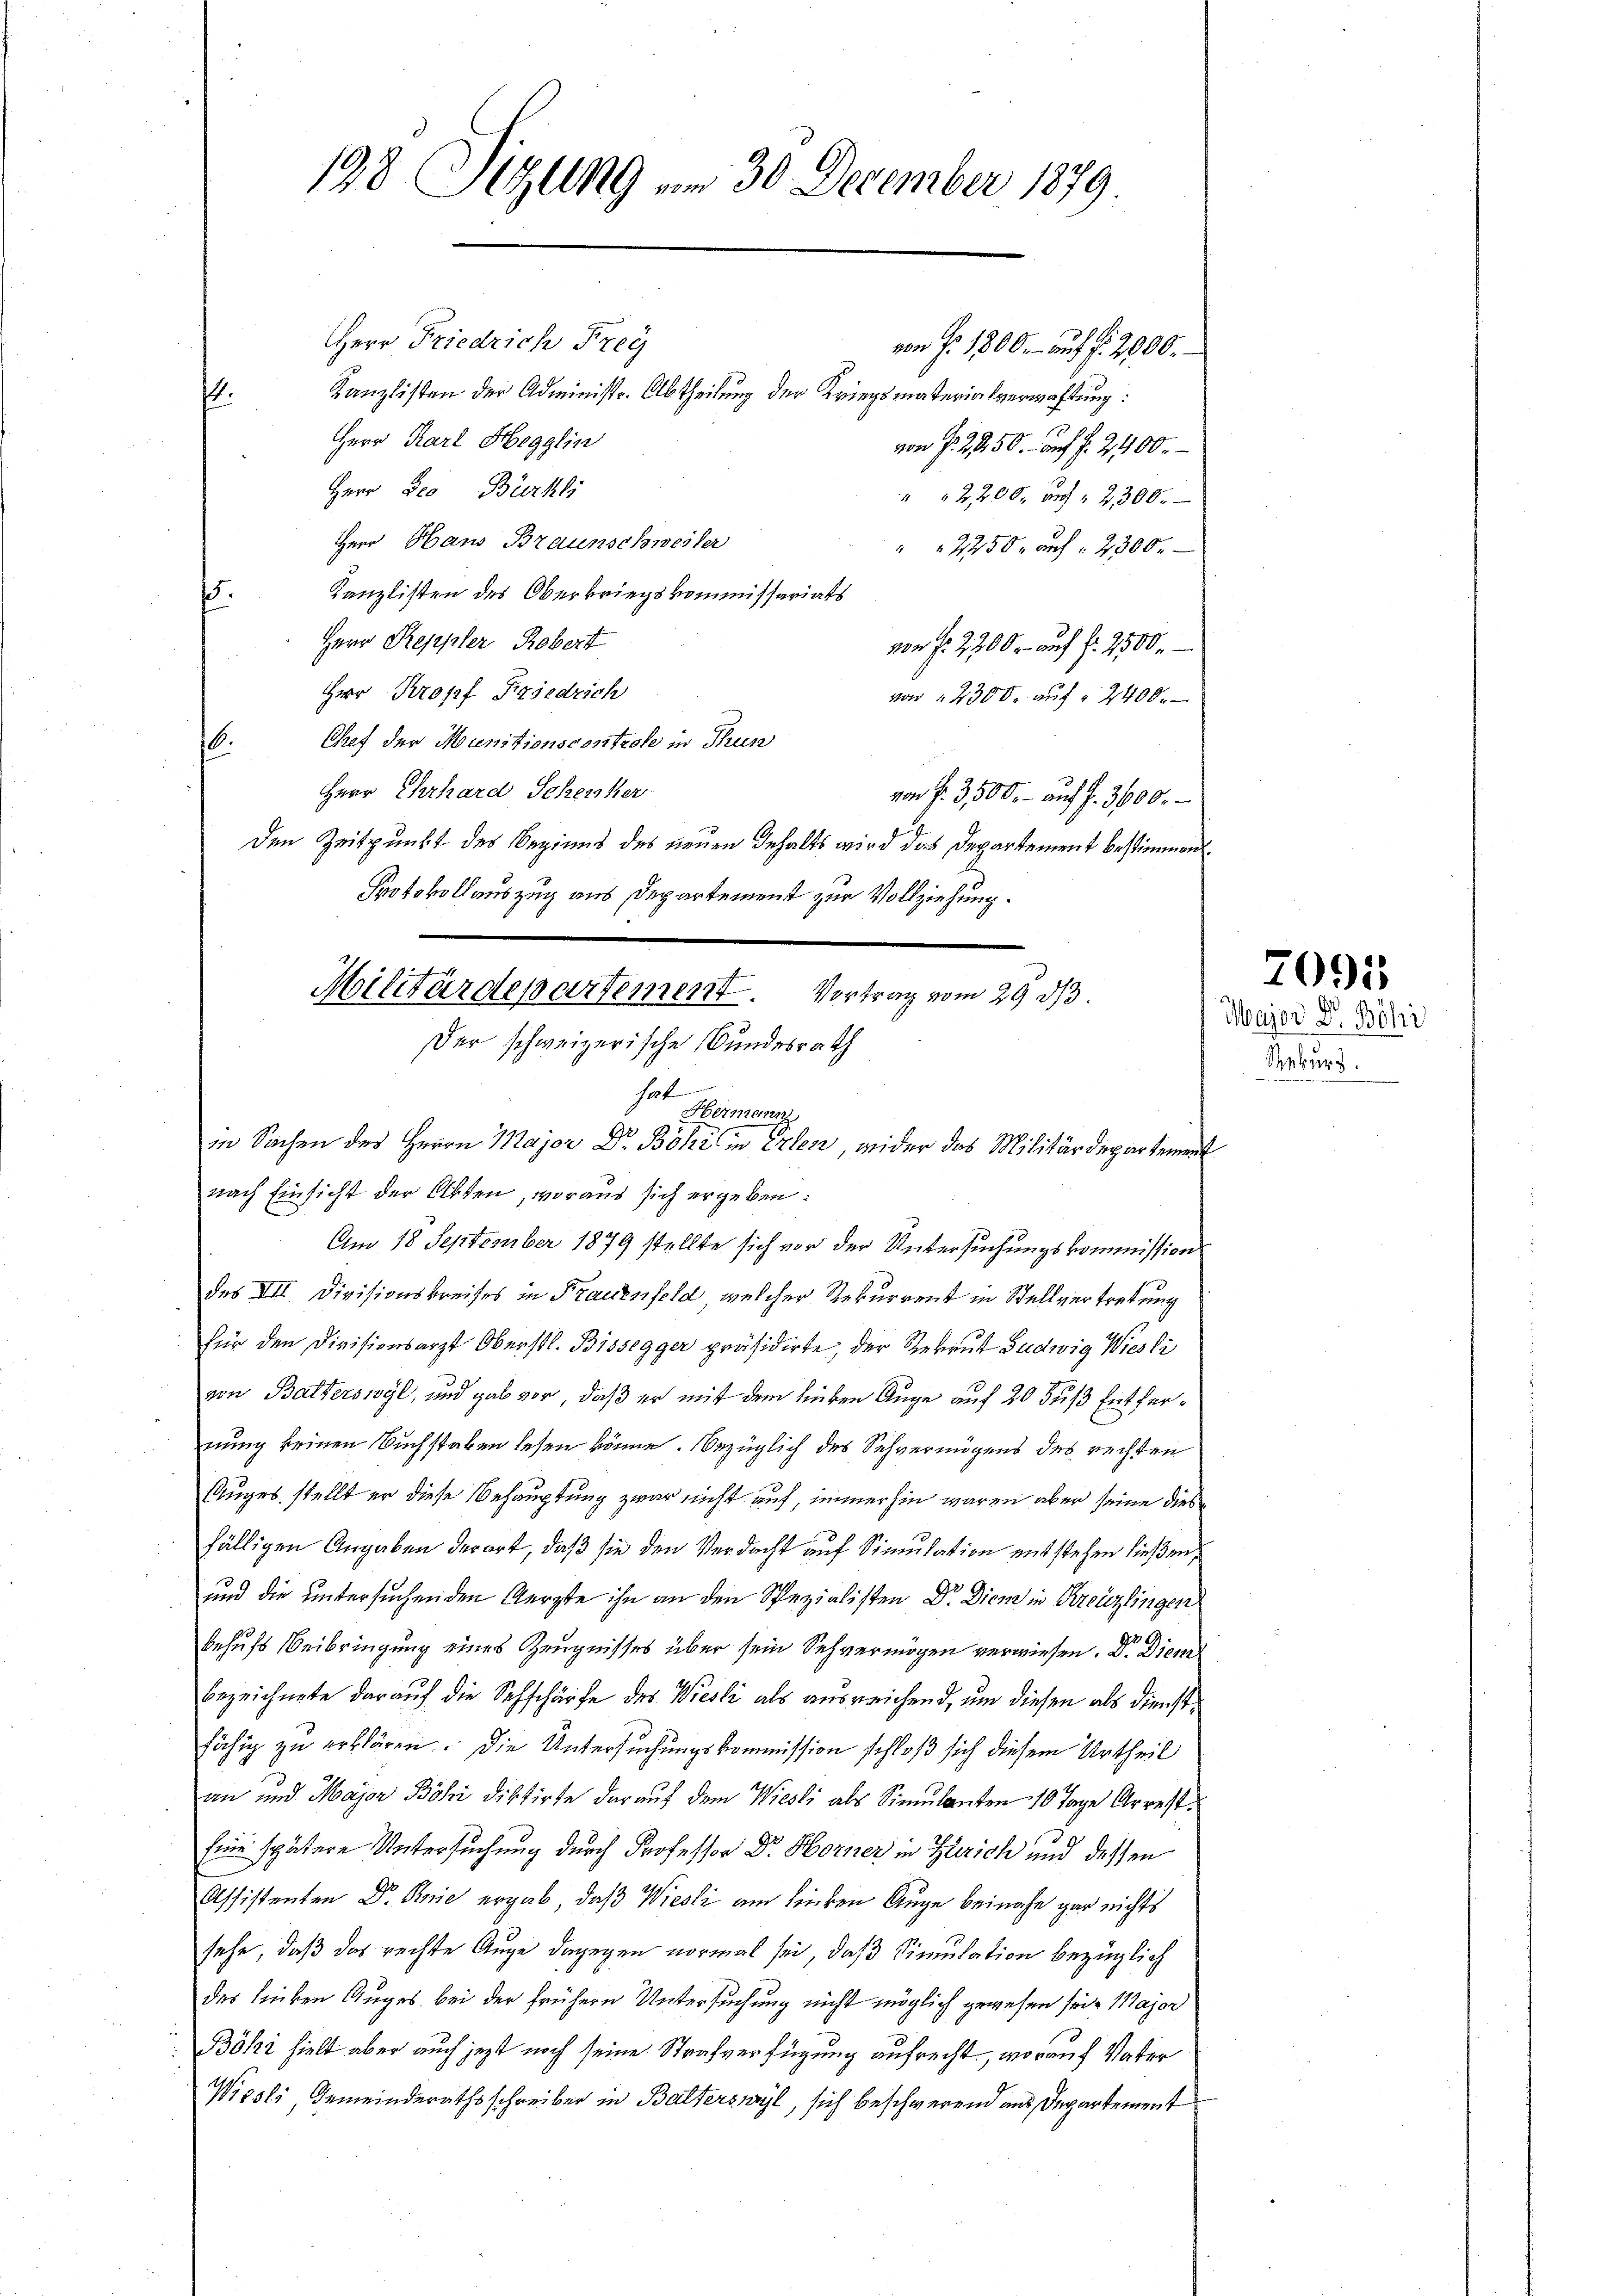
198 Sizung am 30. December 1879

HHerr Friedrich Frey
von Fr. 1800.- auf fr. 2900.
Kanzlisten der Administr. Abtheilung der Kriegsmaterialverwachtung:
14.
Herr Karl Hegglin
von f. 2150.- auf §. 2400.
Herr Deo Bürkli
" " 2200. auf " 2300.
Herr Hans Braunschweiter
" " 22500 auf 2300.
Kanzlisten des Oberkriegskommissariats
f
Herr Reppler Robert
von f. 2200 r. auf §. 2500.
Herr Kropf Friedrich
von 2300. auf § 2400.
Chef der Munitionscontrole in Thun
6.
Herr Ehrhard Schenker
von f. 3,500.- auf §. 3600.
Den Zeitpunkt des Beginns des neuen Inhalts wird das Departement bestimmen
Protokollauszug aus Departement zur Vollziehung.

s
Militärdepartement.
Vortrag vom 29 d
Der schweizerische Bundesrath
hat
Hermann
90
in Sachen des Herrn Major D. Böki in Erlen, wider das Militärdepartement
nach Einsicht der Akten, woraus sich ergeben:

Am 18 September 1879 stellte sich vor der Untersuchungskommission
des XII. Divisionskreises in Frauenfeld, welcher Rekurrent in Stellvertretung
für den Divisionsarzt Oberstl. Bissegger präsidirte, der Rekrut Ludwig Wiesli
von Balterswyl, und gab vor, daß er mit dem lieben Auge auf 20 Fuß Entfernung keinen Buchstaben lesen könne. Bezüglich des Schwermögens des rechten
Auges, stellt er diese Behauptung zwar nicht auf, immerhin waren aber seine diesfälligen Angaben derart, daß sie den Verdacht auf Simulation entstehen ließen,
und die untersuchenden Aerzte ihn an den Spezialisten Dr. Diens in Kreuzlingen
behufs Beibringung eines Zeugnisses über sein Sehvermögen verwiesen. Dr. Diem
bezeichnete darauf die Sehschärfe des Wiesli als ausreichend, um diesen als Dienstfähig zu erklären. Die Untersuchungskommission schloß sich diesem Urtheil
an und Major Böhi diktirte darauf dem Wiesli als Simulanten 10 Tage Arrest.
Eine spätere Untersuchung durch Professor Dr. Horner in Zürich und dessen
Assistenten Dr. Knie ergab, daß Wiesli am linken Auge beinahe gar nichts
sehe, daß das rechte Auge dagegen vormal sei, daß Simulation bezüglich
des linken Auges bei der frühern Untersuchung nicht möglich gewesen sei. Major
Böki hielt aber auch jezt noch seine Strafverfügung aufrecht, worauf Vater
Wiesli, Gemeinderathsschreiber in Balterswyl, sich beschwerend aus Departement

Major Dr. Böhi
Rekurs.

7095